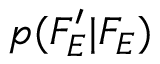
p ( F _ { E } ^ { \prime } | F _ { E } )